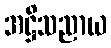
အဋ္ဌိသညာယ